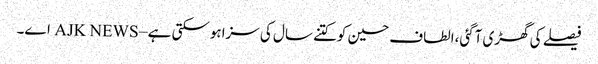
فیصلے کی گھڑی آگئی،الطاف حسین کوکتنے سال کی سزاہوسکتی ہے – AJK NEWS اے۔